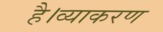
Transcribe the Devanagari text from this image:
है।व्याकरण